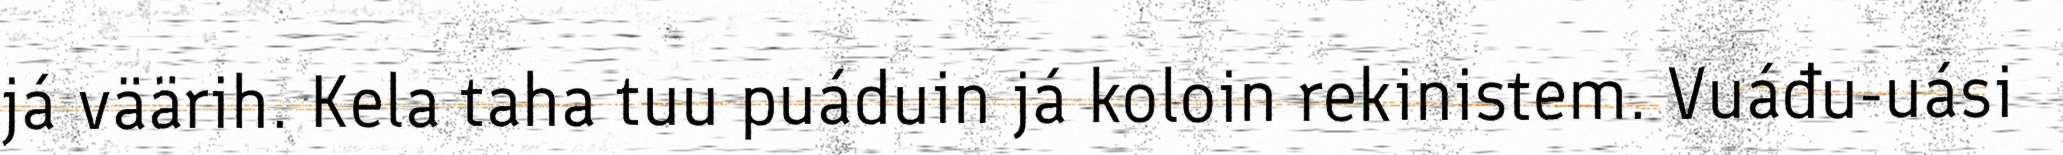
já väärih. Kela taha tuu puáduin já koloin rekinistem. Vuáđu-uási